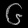
Digit: ၆